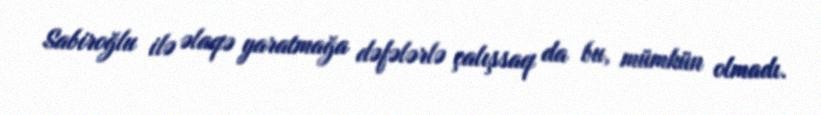
Sabiroğlu ilə əlaqə yaratmağa dəfələrlə çalışsaq da bu, mümkün olmadı.